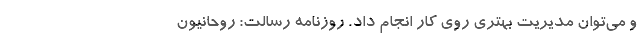
و می‌توان مدیریت بهتری روی کار انجام داد. روزنامه رسالت: روحانیون